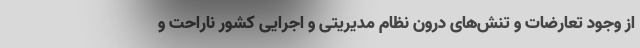
از وجود تعارضات و تنش‌های درون نظام مدیریتی و اجرایی کشور ناراحت و